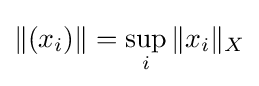
\|(x_{i})\|=\sup _{i}\|x_{i}\|_{X}